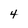
Character: 4